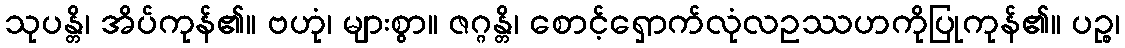
သုပန္တိ၊ အိပ်ကုန်၏။ ဗဟုံ၊ များစွာ။ ဇဂ္ဂန္တိ၊ စောင့်ရှောက်လုံလဥဿဟကိုပြုကုန်၏။ ပဉ္စ၊